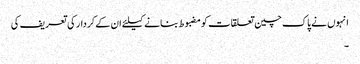
انہوں نے پاک چین تعلقات کو مضبوط بنانے کیلئے ان کے کردار کی تعریف کی
۔